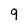
Character: 9